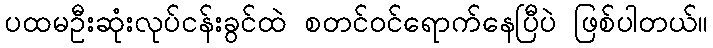
ပထမဦးဆုံးလုပ်ငန်းခွင်ထဲ စတင်ဝင်ရောက်နေပြီပဲ ဖြစ်ပါတယ်။